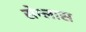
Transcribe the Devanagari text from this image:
सेम्लास